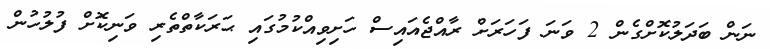
ނަން ބަދަލުކޮށްގެން 2 ވަނަ ފަހަރަށް ރާއްޖެއައިސް ހަށިވިއްކުމުގައި ޙަރަކާތްތެރި ވަނިކޮށް ފުލުހުން